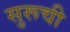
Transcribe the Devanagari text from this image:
सुरूची